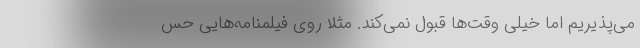
می‌پذیریم اما خیلی وقت‌ها قبول نمی‌کند. مثلا روی فیلمنامه‌هایی حس